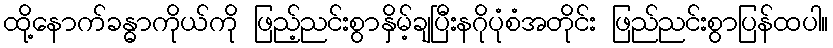
ထို့နောက်ခန္ဓာကိုယ်ကို ဖြည့်ညင်းစွာနှိမ့်ချပြီးနဂိုပုံစံအတိုင်း ဖြည်ညင်းစွာပြန်ထပါ။